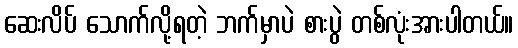
ဆေးလိပ် သောက်လို့ရတဲ့ ဘက်မှာပဲ စားပွဲ တစ်လုံးအားပါတယ်။